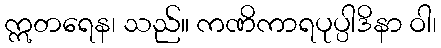
ဣတရေန၊ သည်။ ကဏိကာရပုပ္ပါဒိနာ ဝါ၊